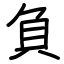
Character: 負